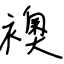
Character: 襖